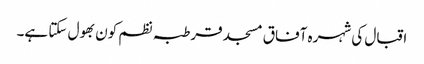
اقبال کی شہرہ آفاق مسجد قرطبہ نظم کون بھول سکتا ہے۔